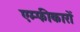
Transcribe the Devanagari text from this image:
एम्फीकारों